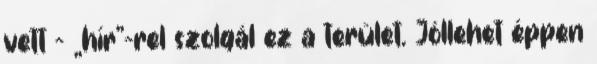
vett – „hír”-rel szolgál ez a terület. Jóllehet éppen